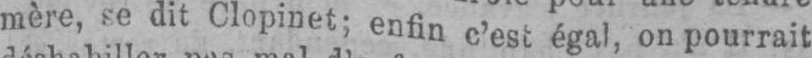
mère, se dit Clopinet; enfin c’est égal, on pourrait